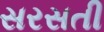
સરસતી